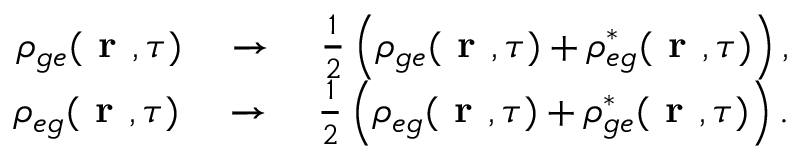
\begin{array} { r } { \rho _ { g e } ( \textbf { r } , \tau ) \quad \to \quad \frac { 1 } { 2 } \left( \rho _ { g e } ( \textbf { r } , \tau ) + \rho _ { e g } ^ { * } ( \textbf { r } , \tau ) \right) , } \\ { \rho _ { e g } ( \textbf { r } , \tau ) \quad \to \quad \frac { 1 } { 2 } \left( \rho _ { e g } ( \textbf { r } , \tau ) + \rho _ { g e } ^ { * } ( \textbf { r } , \tau ) \right) . } \end{array}